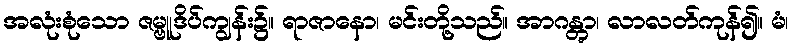
အလုံးစုံသော ဇမ္ဗူဒိပ်ကျွန်း၌။ ရာဇာနော၊ မင်းတို့သည်။ အာဂန္တွာ၊ လာလတ်ကုန်၍။ မံ၊